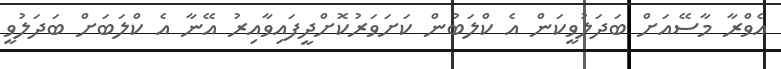
އެވްރާ މާސޭއަށް ބަދަލުވީކަން އެ ކްލަބުން ކަށަވަރުކޮށްދީފައިވާއިރު އޭނާ އެ ކްލަބަށް ބަދަލުވީ